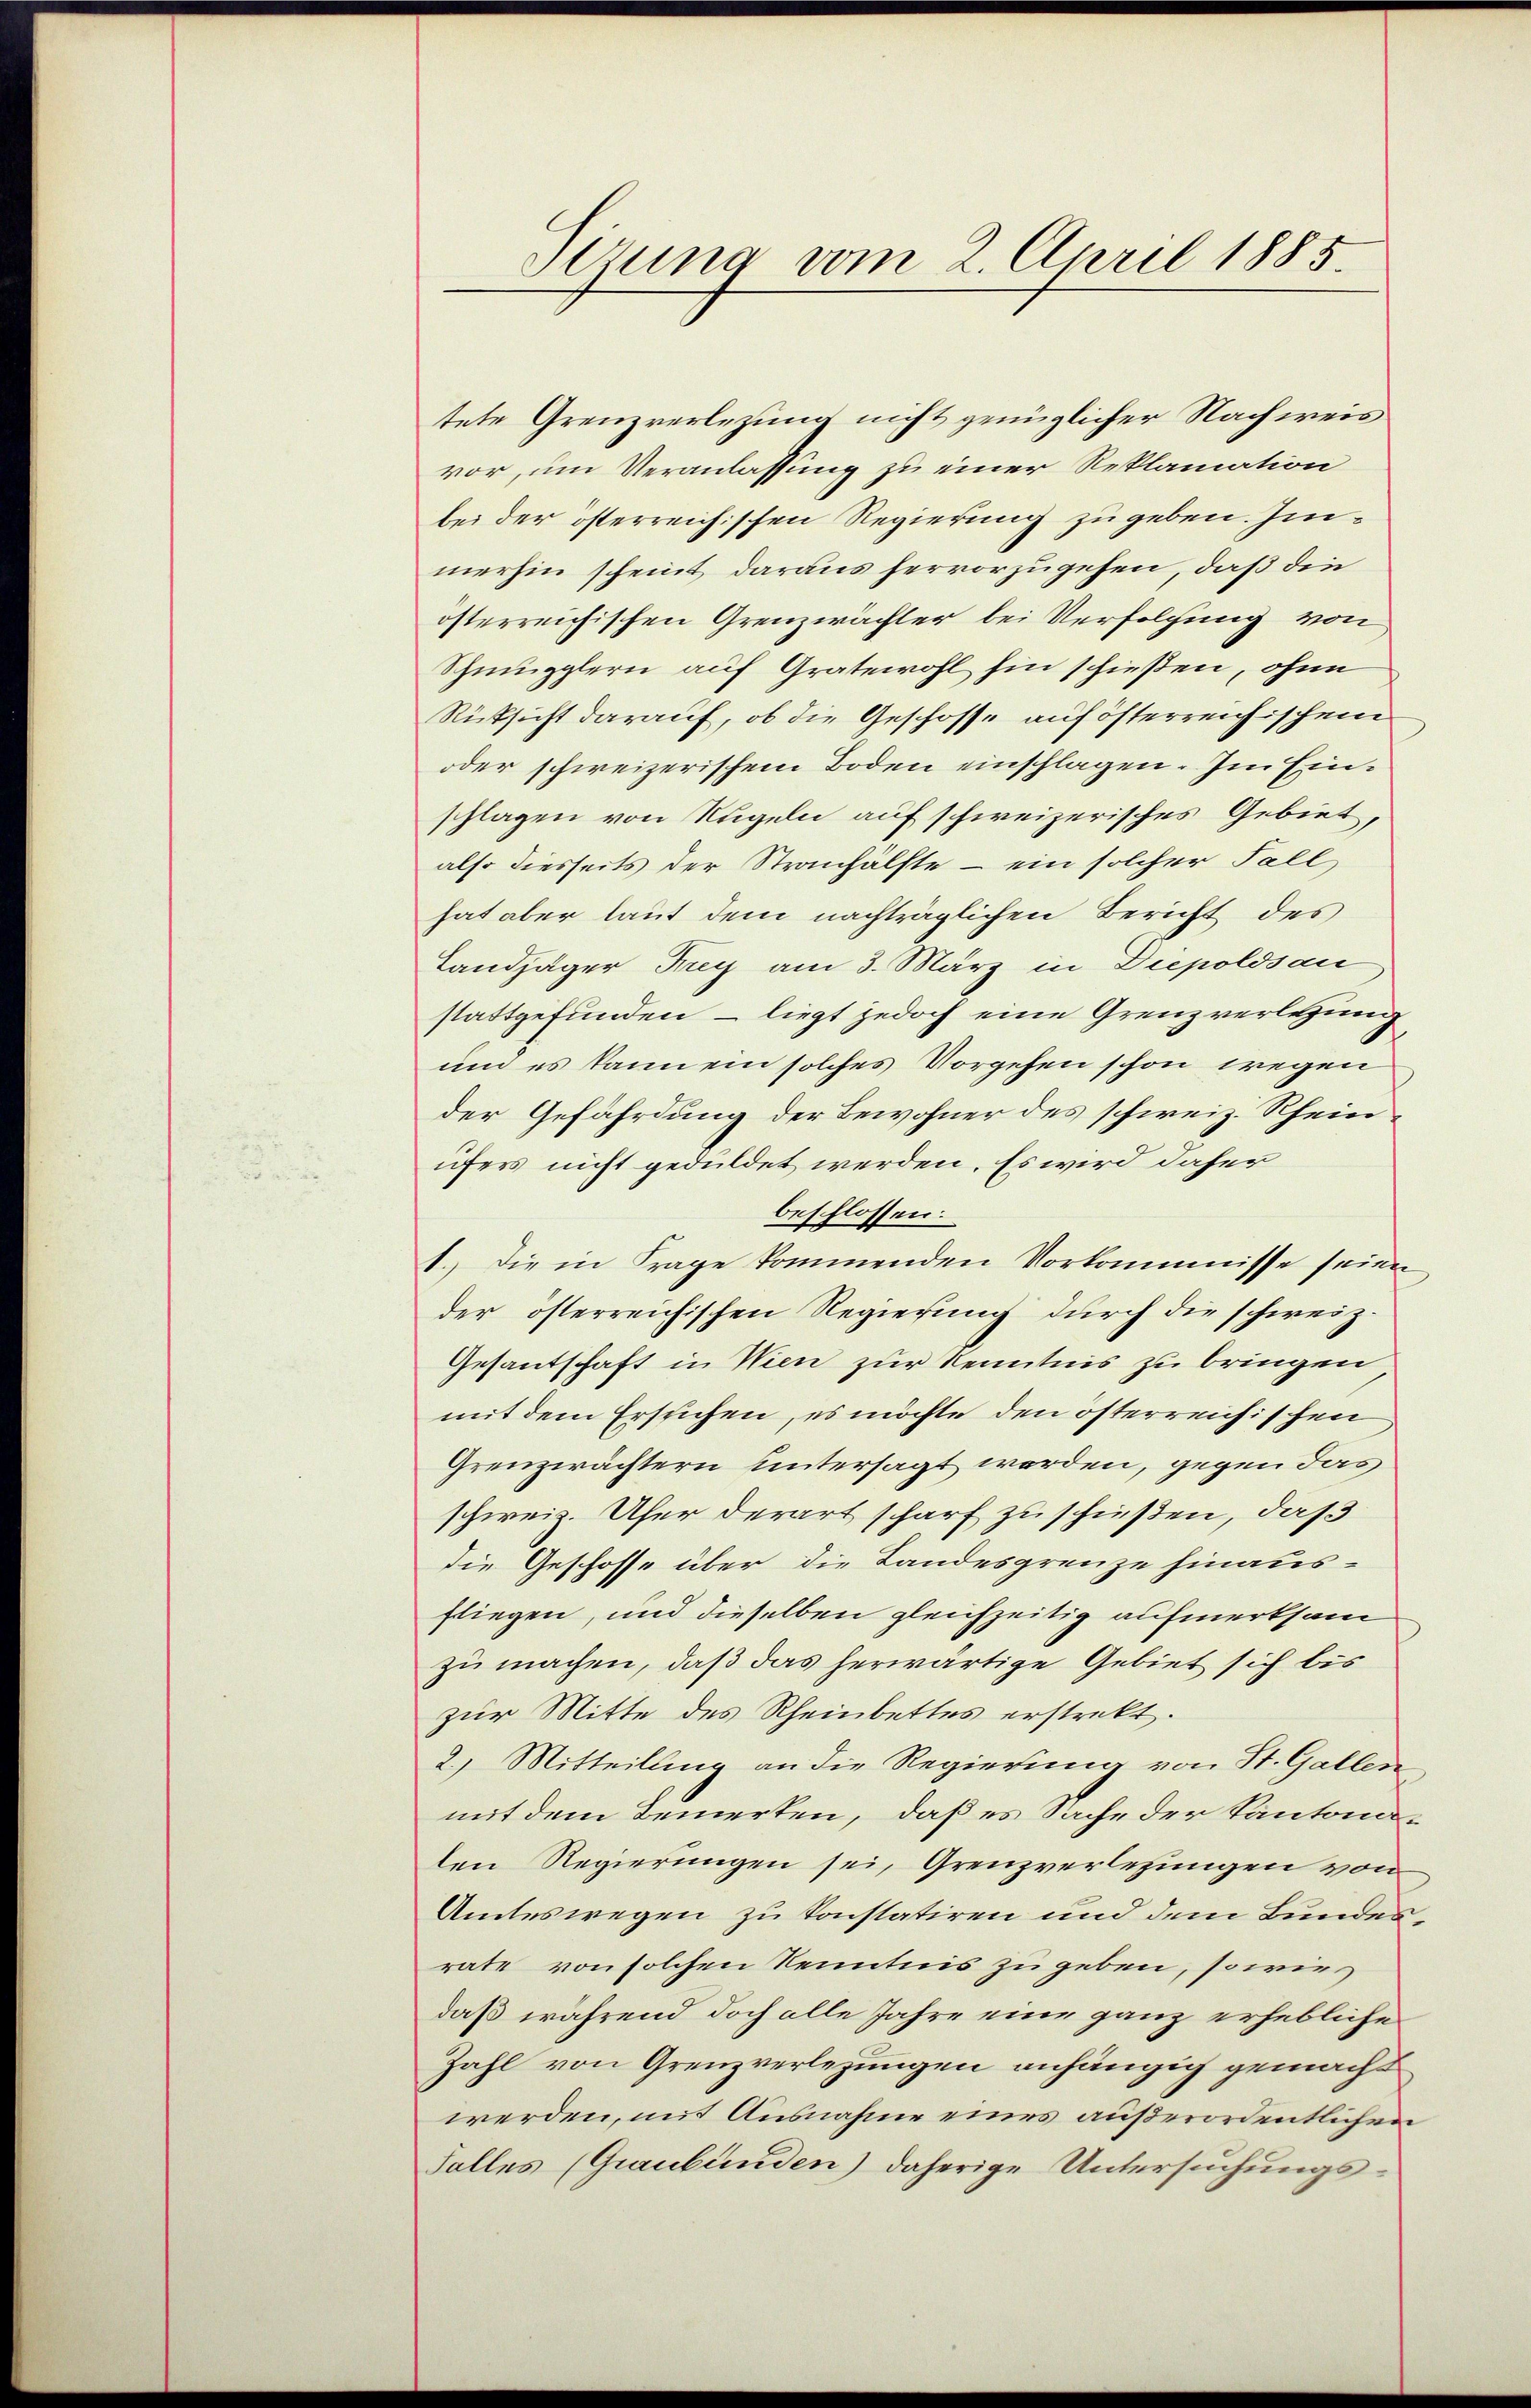
Struna vom 2. April 1885

tete Grenzverlegung nicht genüglicher Nachweis
vor, um Veranlassung zu einer Reklamation
bei der österreichischen Regierung zu geben. Immerhin scheint daraus hervorzugehen, daß die
österreichischen Grenzwächter bei Verfolgung von
Schmugglern auf Gratewohl hin schießen, ohne
Rücksicht darauf, ob die Geschosse auf österreichischen
oder schweizerischem Boden einschlagen. Im Einschlagen von Kugeln auf schweizerisches Gebiet,
also diesseits der Stranhälfte – ein solcher Fall
hat aber laut dem nachträglichen Bericht des
Landjäger Frey am 3. März in Diepoldsau
stattgefunden – liegt jedoch eine Grenzverletzung
um es kann ein solches Vorgehen schon wegen
der Gefährdung der Bewohner des schweiz. Rheinufers nicht geduldet werden. Es wird daher
beschlossen:
1.) Die in Frage kommenden Vorkommnisse seien,
der österreichischen Regierung durch die schweiz.
Gesantschaft in Wien zur Kenntnis zu bringen
mit dem Ersuchen, es möchte den österreichischen
Grenzirächtern untersagt werden, gegen das
schweiz. Ufer derart scharf zu schießen, daß
die Geschosse über die Landesgrenze hinaus-
fliegen, und dieselben gleichzeitig aufmerksam
zu machen, daß das herwärtige Gebiet sich bis
zur Mitte des Rheinbettes erstrekt.
2.) Mitteilung an die Regierung von St. Gallen
mit dem Bemerten, daß es Sache der Kantonalen Regierungen sei, Grenzverlegungen von
Amteswegen zu konstatiren und dem Bundesrate von solchen Kenntnis zu geben, sowie
daß während doch alle Jahre eine ganz erhebliche
Zahl von Grenzverlegungen anhängig gemacht
werden, mit Ausnahme eines außerordentlichen
Falles (Graubünden) daherige Untersuchungs¬